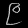
Digit: ၉